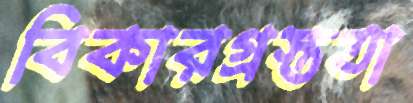
বিকারগ্রস্ততা